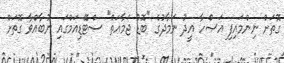
ގޮތަށް ނިންމައިފި އަޞްހާ އީދު ނަމާދުގެ "ބޮޑު ޖަމާއަތް" ސްޓޭޑިއަމްގައި ނުބާއްވާ ގޮތަށް